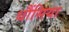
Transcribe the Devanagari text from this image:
धौंसिया